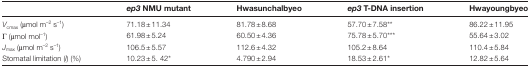
<table><thead><tr><td></td><td><b><i>ep3</i> NMU mutant</b></td><td><b>Hwasunchalbyeo</b></td><td><b><i>ep3</i> T-DNA insertion</b></td><td><b>Hwayoungbyeo</b></td></tr></thead><tbody><tr><td><i>V</i><sub>cmax</sub> (μmol m<sup>–2</sup> s<sup>–1</sup>)</td><td>71.18±11.34</td><td>81.78±8.68</td><td>57.70±7.58**</td><td>86.22±11.95</td></tr><tr><td>Γ (μmol mol<sup>–1</sup>)</td><td>61.98±5.24</td><td>60.50±4.36</td><td>75.78±5.70***</td><td>55.64±3.02</td></tr><tr><td><i>J</i><sub>max</sub> (μmol m<sup>–2</sup> s<sup>–1</sup>)</td><td>106.5±5.57</td><td>112.6±4.32</td><td>105.2±8.64</td><td>110.4±5.84</td></tr><tr><td>Stomatal limitation (<i>l</i>) (%)</td><td>10.23±5. 42*</td><td>4.790±2.94</td><td>18.53±2.61*</td><td>12.82±5.64</td></tr></tbody></table>